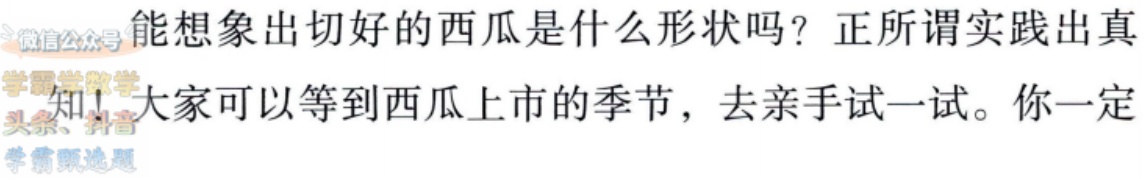
能想象出切好的西瓜是什么形状吗？正所谓实践出真

知！大家可以等到西瓜上市的季节，去亲手试一试。你一定